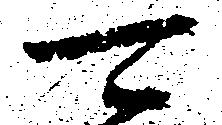
可